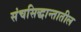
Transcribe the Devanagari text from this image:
संचसिद्धान्तातील